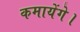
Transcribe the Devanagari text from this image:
कमायेंगे।